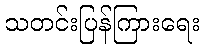
သတင်းပြန်ကြားရေး